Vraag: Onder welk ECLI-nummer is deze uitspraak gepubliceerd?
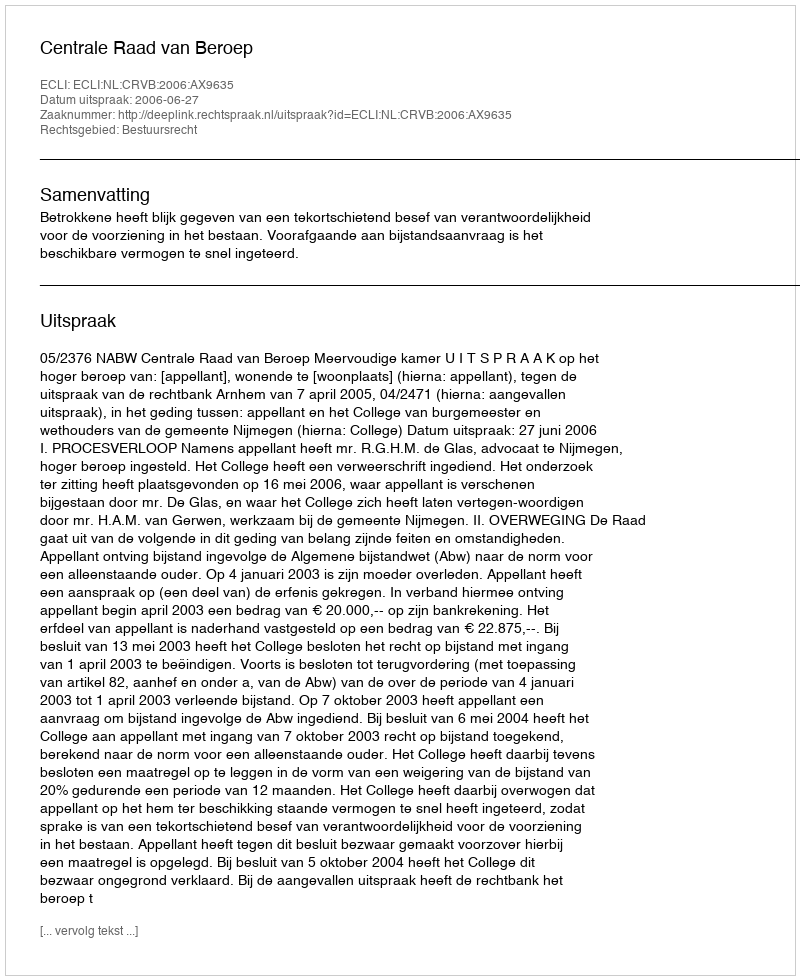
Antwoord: ECLI:NL:CRVB:2006:AX9635